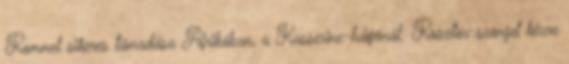
Rommel sikeres támadása Afrikában, a Kasserine-hágónál. Rosztov szovjet kézre